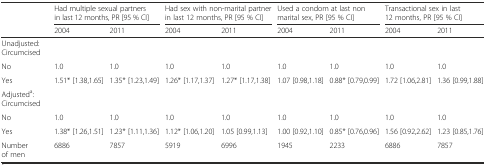
| <ROWSPAN=2>  | <COLSPAN=2> Had multiple sexual partners in last 12 months, PR [95 % CI] | <COLSPAN=2> Had sex with non-marital partner in last 12 months, PR [95 % CI] | <COLSPAN=2> Used a condom at last non marital sex, PR [95 % CI] | <COLSPAN=2> Transactional sex in last 12 months, PR [95 % CI] |
 | 2004 | 2011 | 2004 | 2011 | 2004 | 2011 | 2004 | 2011 |
 | --- | --- | --- | --- | --- | --- | --- | --- | --- |
 | Unadjusted: Circumcised |  |  |  |  |  |  |  |  |
 | No | 1.0 | 1.0 | 1.0 | 1.0 | 1.0 | 1.0 | 1.0 | 1.0 |
 | Yes | 1.51* [1.38,1.65] | 1.35* [1.23,1.49] | 1.26* [1.17,1.37] | 1.27* [1.17,1.38] | 1.07 [0.98,1.18] | 0.88* [0.79,0.99] | 1.72 [1.06,2.81] | 1.36 [0.99,1.88] |
 | Adjusteda: Circumcised |  |  |  |  |  |  |  |  |
 | No | 1.0 | 1.0 | 1.0 | 1.0 | 1.0 | 1.0 | 1.0 | 1.0 |
 | Yes | 1.38* [1.26,1.51] | 1.23* [1.11,1.36] | 1.12* [1.06,1.20] | 1.05 [0.99,1.13] | 1.00 [0.92,1.10] | 0.85* [0.76,0.96] | 1.56 [0.92,2.62] | 1.23 [0.85,1.76] |
 | Number of men | 6886 | 7857 | 5919 | 6996 | 1945 | 2233 | 6886 | 7857 |